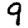
Digit: 9